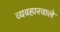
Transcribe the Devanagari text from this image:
व्यवहारवाले